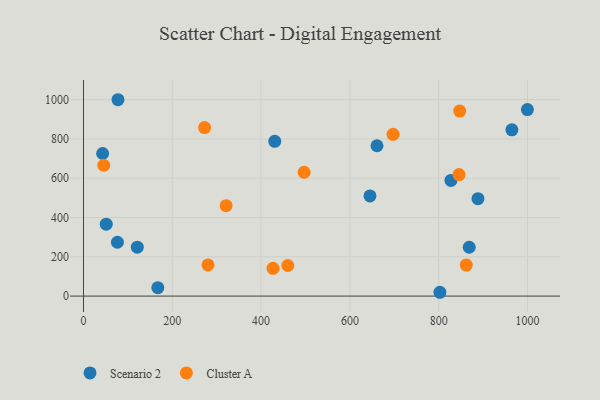
{"axis": {"x": "Distance", "y": "Rating"}, "legend": ["Cluster A", "Scenario 2"], "data": [{"x": "868.7", "y": 248.6, "type": "Scenario 2"}, {"x": "888.4", "y": 496.1, "type": "Scenario 2"}, {"x": "645.2", "y": 510.1, "type": "Scenario 2"}, {"x": "51.2", "y": 366.0, "type": "Scenario 2"}, {"x": "827.6", "y": 589.0, "type": "Scenario 2"}, {"x": "76.4", "y": 274.2, "type": "Scenario 2"}, {"x": "964.8", "y": 846.7, "type": "Scenario 2"}, {"x": "77.7", "y": 999.7, "type": "Scenario 2"}, {"x": "43.1", "y": 725.9, "type": "Scenario 2"}, {"x": "661.0", "y": 765.5, "type": "Scenario 2"}, {"x": "802.7", "y": 19.4, "type": "Scenario 2"}, {"x": "121.2", "y": 248.9, "type": "Scenario 2"}, {"x": "167.4", "y": 42.7, "type": "Scenario 2"}, {"x": "430.8", "y": 787.7, "type": "Scenario 2"}, {"x": "999.7", "y": 949.7, "type": "Scenario 2"}, {"x": "45.7", "y": 666.0, "type": "Cluster A"}, {"x": "321.2", "y": 460.1, "type": "Cluster A"}, {"x": "847.3", "y": 941.7, "type": "Cluster A"}, {"x": "272.7", "y": 857.9, "type": "Cluster A"}, {"x": "460.2", "y": 155.8, "type": "Cluster A"}, {"x": "845.8", "y": 618.4, "type": "Cluster A"}, {"x": "496.9", "y": 630.5, "type": "Cluster A"}, {"x": "426.9", "y": 141.5, "type": "Cluster A"}, {"x": "697.2", "y": 823.6, "type": "Cluster A"}, {"x": "280.4", "y": 158.4, "type": "Cluster A"}, {"x": "862.1", "y": 157.9, "type": "Cluster A"}]}